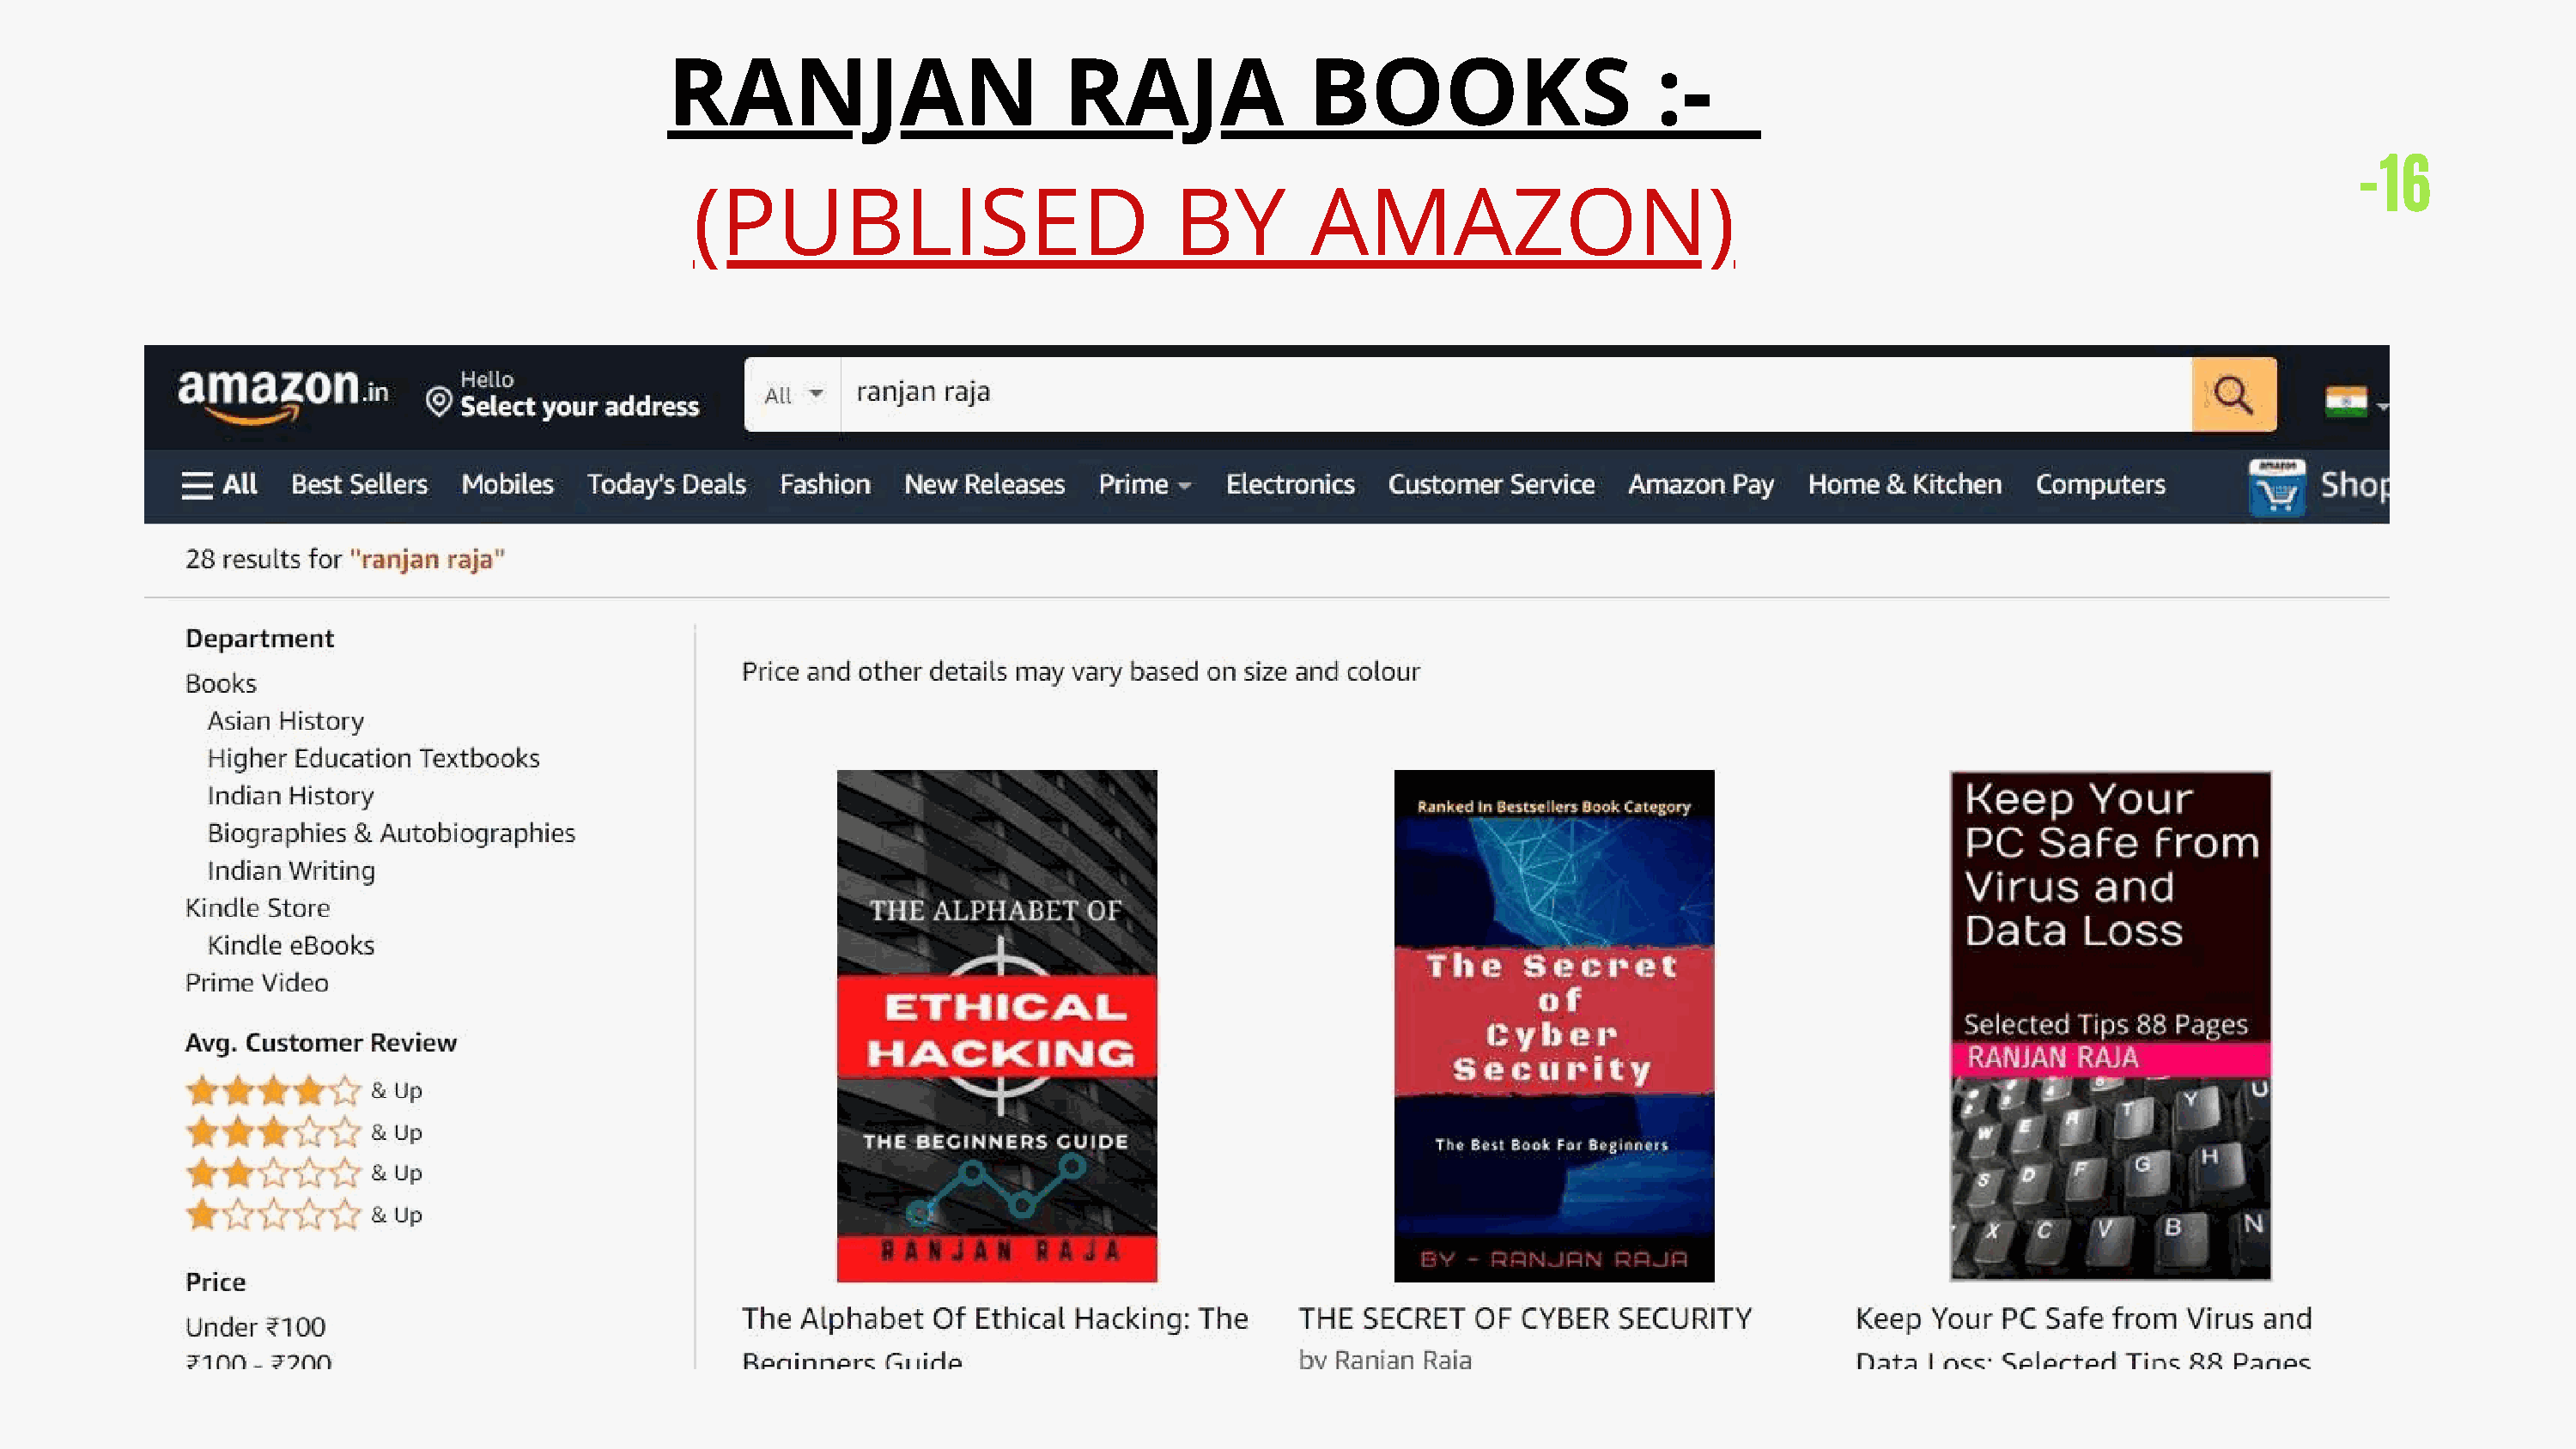
RANJAN                         RAJA               BOOKS                      :-
 -16
 (PUBLISED                             BY        AMAZON)